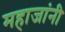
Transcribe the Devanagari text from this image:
महाजांनी